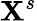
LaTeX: \mathbf{X}^{s}